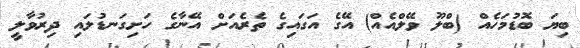
ބިޔަ ބޮޑުމަހެއް (ބްލޫ ވޭލްއެއް) އޭގެ އަގައިގެ ތެރެއަށް އޭނާގެ ހަށިގަނޑުލައި ދިރުވާލީ